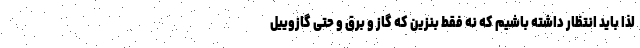
لذا باید انتظار داشته باشیم که نه فقط بنزین که گاز و برق و حتی گازوییل